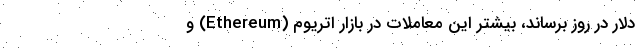
دلار در روز برساند، بیشتر این معاملات در بازار اتریوم (Ethereum) و